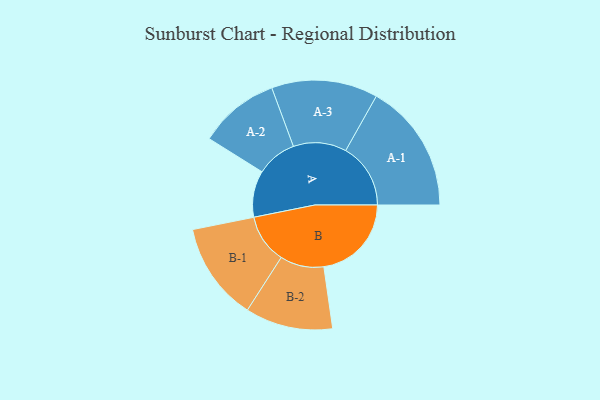
{"axis": {"x": "Segment", "y": "Value"}, "legend": ["", "A", "B"], "data": [{"x": "A", "y": 174, "type": ""}, {"x": "B", "y": 328, "type": ""}, {"x": "A-1", "y": 243, "type": "A"}, {"x": "A-2", "y": 151, "type": "A"}, {"x": "A-3", "y": 199, "type": "A"}, {"x": "B-1", "y": 184, "type": "B"}, {"x": "B-2", "y": 164, "type": "B"}]}